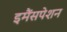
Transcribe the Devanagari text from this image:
इमैंसपेशन